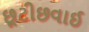
છૂટીછવાઈ